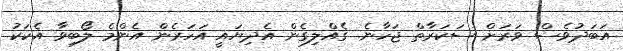
އަބަދުވެސް ވަރަށް ސަކަރާތް ޖަހާނެ. ގެއްލިގެން އެދިޔައީ އަހަރެން އެންމެ ލޯބިވާ އެކަކު